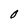
Character: O